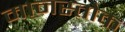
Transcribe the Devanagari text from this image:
मानस्तोक